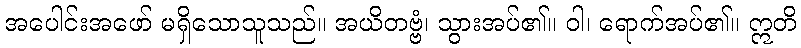
အပေါင်းအဖော် မရှိသောသူသည်။ အယိတဗ္ဗံ၊ သွားအပ်၏။ ဝါ၊ ရောက်အပ်၏။ ဣတိ